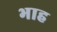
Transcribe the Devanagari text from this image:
भाह